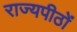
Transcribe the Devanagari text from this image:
राज्यपीठों